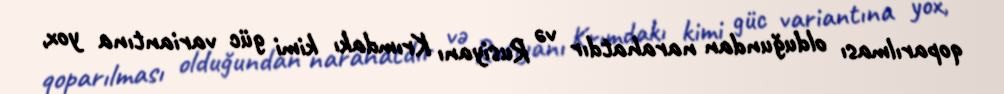
qoparılması olduğundan narahatdır və Rusiyanı Krımdakı kimi güc variantına yox,